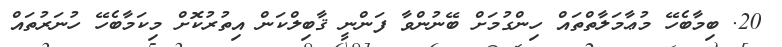
20. ބިމާބެހޭ މުޢާމަލާތްތައް ހިންގުމަށް ބޭނުންވާ ފަންނީ ޤާބިލްކަން އިތުރުކޮށް މިކަމާބެހޭ ހުނަރުތައް